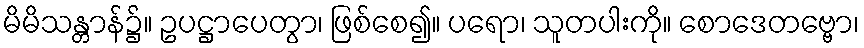
မိမိသန္တာန်၌။ ဥပဋ္ဌာပေတွာ၊ ဖြစ်စေ၍။ ပရော၊ သူတပါးကို။ စောဒေတဗ္ဗော၊